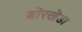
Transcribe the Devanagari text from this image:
बॊरखॆडा